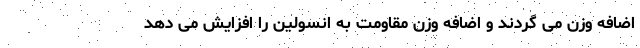
اضافه وزن می گردند و اضافه وزن مقاومت به انسولین را افزایش می دهد